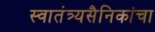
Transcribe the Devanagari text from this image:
स्वातंत्र्यसैनिकांचा